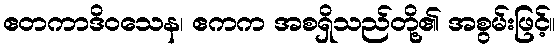
ဧတကာဒိဝသေန၊ ဧကက အစရှိသည်တို့၏ အစွမ်းဖြင့်။